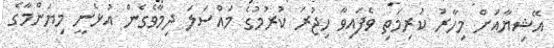
އޭޝިޔާއަށް މިހާރު ކުރިމަތި ވެފައިވާ ހިޖުރަ ކުރުމުގެ މައްސަލަ ދިމާވެގެން އުޅެނީ މިޔަންމާގެ